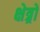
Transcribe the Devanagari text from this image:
क्षेत्र्रों